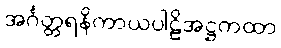
အင်္ဂတ္တရနိကာယပါဠိအဋ္ဌကထာ